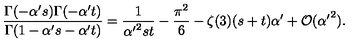
\frac { \Gamma ( - \alpha ^ { \prime } s ) \Gamma ( - \alpha ^ { \prime } t ) } { \Gamma ( 1 - \alpha ^ { \prime } s - \alpha ^ { \prime } t ) } = \frac { 1 } { { \alpha ^ { \prime } } ^ { 2 } s t } - \frac { \pi ^ { 2 } } { 6 } - \zeta ( 3 ) ( s + t ) \alpha ^ { \prime } + { \cal O } ( { \alpha ^ { \prime } } ^ { 2 } ) .